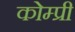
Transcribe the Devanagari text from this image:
कोम्प्री